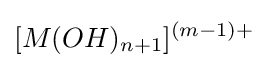
[M(OH)_{n+1}]^{(m-1)+}